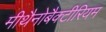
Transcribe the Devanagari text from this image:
मीथैनोबैक्टीरियम